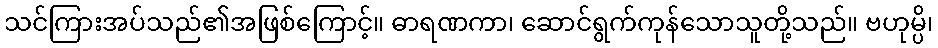
သင်ကြားအပ်သည်၏အဖြစ်ကြောင့်။ ဓာရဏကာ၊ ဆောင်ရွက်ကုန်သောသူတို့သည်။ ဗဟုမ္ပိ၊